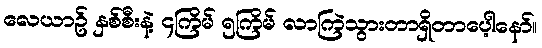
လေယာဥ် နှစ်စီးနဲ့ ၄ကြိမ် ၅ကြိမ် လာကြဲသွားတာရှိတာပေ့ါနော်။